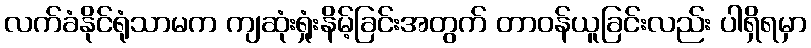
လက်ခံနိုင်ရုံသာမက ကျဆုံးရှုံးနိမ့်ခြင်းအတွက် တာဝန်ယူခြင်းလည်း ပါရှိရမှာ